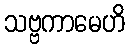
သဗ္ဗကာမေဟိ